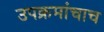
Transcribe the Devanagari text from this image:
उपक्रमांचाच